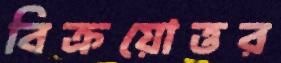
বিক্রয়োত্তর